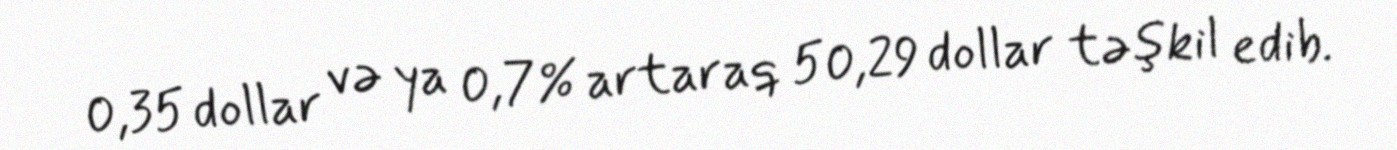
0,35 dollar və ya 0,7% artaraq 50,29 dollar təşkil edib.